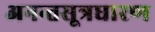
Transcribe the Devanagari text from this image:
अनन्तसूत्रधारण